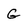
Character: G